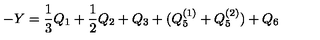
- Y = \frac { 1 } { 3 } Q _ { 1 } + \frac { 1 } { 2 } Q _ { 2 } + Q _ { 3 } + ( Q _ { 5 } ^ { ( 1 ) } + Q _ { 5 } ^ { ( 2 ) } ) + Q _ { 6 }